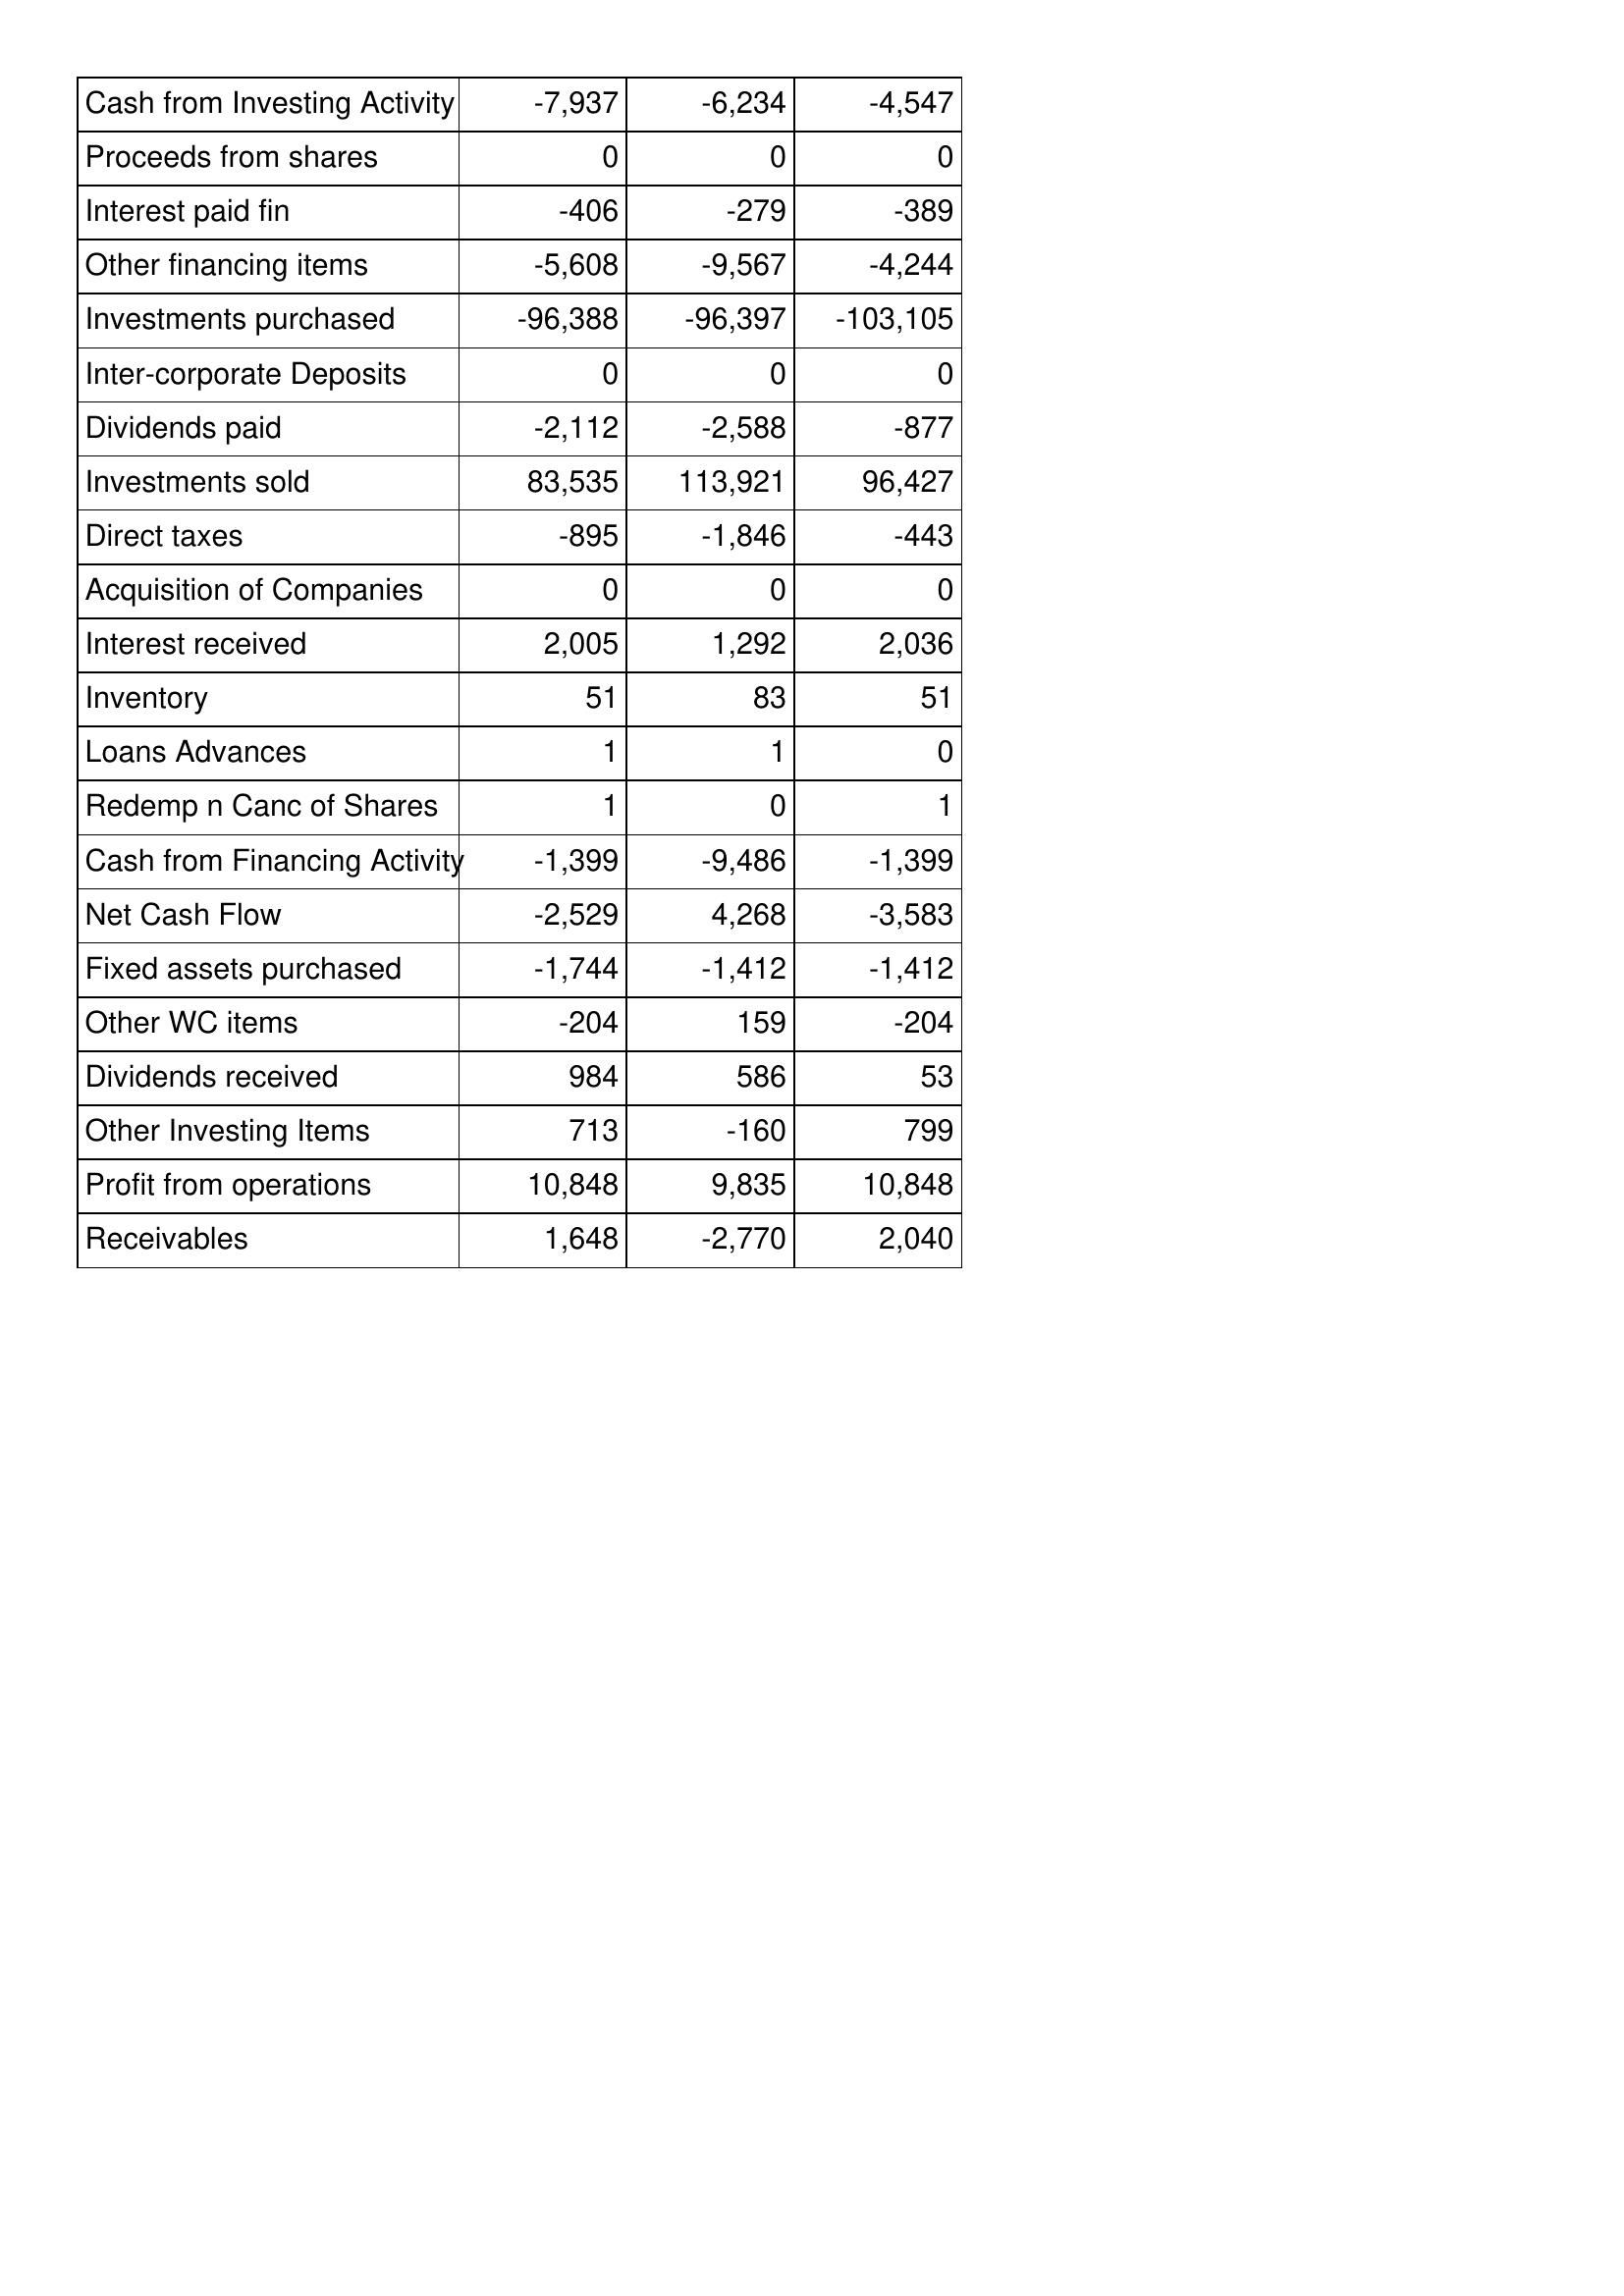
Mar-19: Cash Flows: Cash from Investing Activity: -7,937
Proceeds from shares: 0
Interest paid fin: -406
Other financing items: -5,608
Investments purchased: -96,388
Inter-corporate Deposits: 0
Dividends paid: -2,112
Investments sold: 83,535
Direct taxes: -895
Acquisition of Companies: 0
Interest received: 2,005
Inventory: 51
Loans Advances: 1
Redemp n Canc of Shares: 1
Cash from Financing Activity: -1,399
Net Cash Flow: -2,529
Fixed assets purchased: -1,744
Other WC items: -204
Dividends received: 984
Other Investing Items: 713
Profit from operations: 10,848
Receivables: 1,648
Mar-18: Cash Flows: Cash from Investing Activity: -6,234
Proceeds from shares: 0
Interest paid fin: -279
Other financing items: -9,567
Investments purchased: -96,397
Inter-corporate Deposits: 0
Dividends paid: -2,588
Investments sold: 113,921
Direct taxes: -1,846
Acquisition of Companies: 0
Interest received: 1,292
Inventory: 83
Loans Advances: 1
Redemp n Canc of Shares: 0
Cash from Financing Activity: -9,486
Net Cash Flow: 4,268
Fixed assets purchased: -1,412
Other WC items: 159
Dividends received: 586
Other Investing Items: -160
Profit from operations: 9,835
Receivables: -2,770
Mar-17: Cash Flows: Cash from Investing Activity: -4,547
Proceeds from shares: 0
Interest paid fin: -389
Other financing items: -4,244
Investments purchased: -103,105
Inter-corporate Deposits: 0
Dividends paid: -877
Investments sold: 96,427
Direct taxes: -443
Acquisition of Companies: 0
Interest received: 2,036
Inventory: 51
Loans Advances: 0
Redemp n Canc of Shares: 1
Cash from Financing Activity: -1,399
Net Cash Flow: -3,583
Fixed assets purchased: -1,412
Other WC items: -204
Dividends received: 53
Other Investing Items: 799
Profit from operations: 10,848
Receivables: 2,040